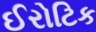
ઈરોટિક